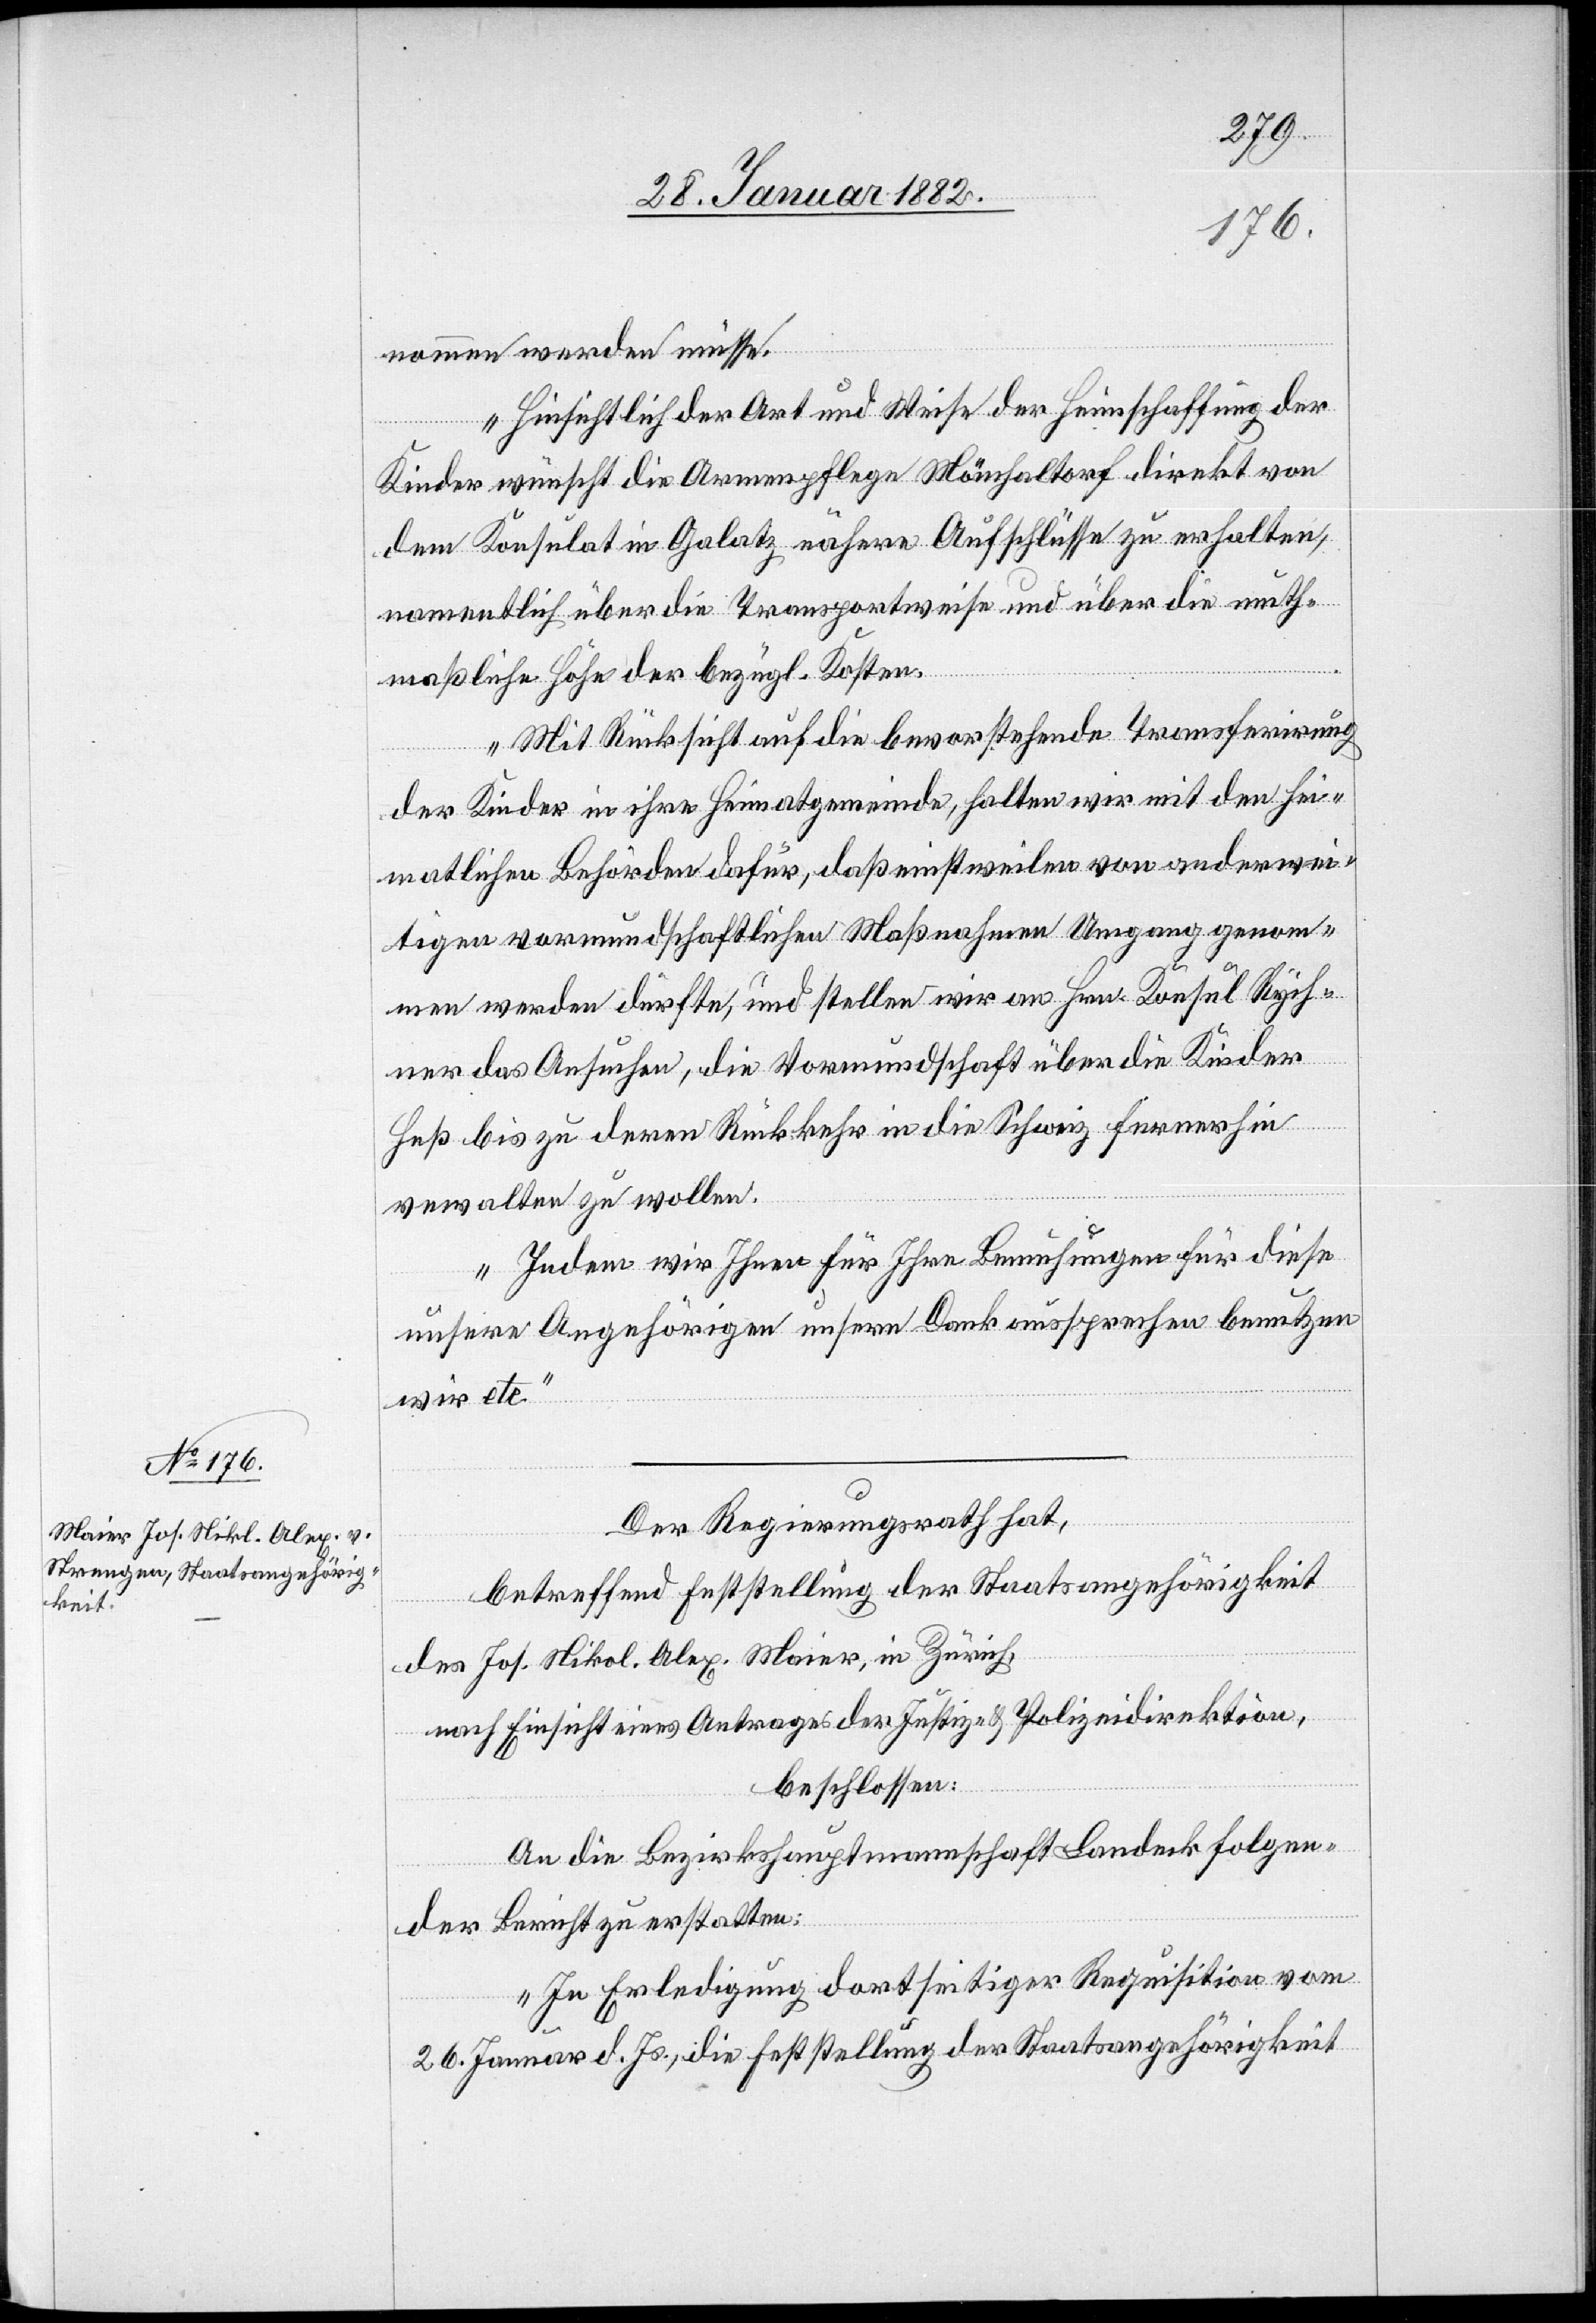
nommen werden müsse.
Hinsichtlich der Art und Weise der Heimschaffung der
Kinder wünscht die Armenpflege Mönchaltorf direkt von
dem Konsulat in Galatz nähere Aufschlüsse zu erhalten,
namentlich über die Transportweise und über die muth¬
maßliche Höhe der bezügl. Kosten.
Mit Rücksicht auf die bevorstehende Transferirung
der Kinder in ihre Heimatgemeinde, sorgen wir mit den hei¬
matlichen Behörden dafür, daß einstweilen von anderwei¬
tigen vormundschaftlichen Maßnahmen Umgang genomm¬
en werden dürfte, und stellen wir an Hrn. Konsul Rych¬
ner das Ansuchen, die Vormundschaft über die Kinder
Heß bis zu deren Rückkehr in die Schweiz fernerhin
verwalten zu wollen.
Indem wir Ihnen für Ihre Bemühungen für diese
unsere Angehörigen unsern Dank aussprechen benutzen
wir etc.“
Februar
Der Regierungsrath hat,
betreffend Feststellung der Staatangehörigkeit
des Jos. Nikol. Alex. Maier, in Zürich,
nach Einsicht eines Antrages der Justiz- & Polizeidirektion,
beschlossen:
An die Bezirkshauptmannschaft Landeck folgen¬
03.
den Bericht zu erstatten:
„In Erledigung dortseitiger Requisition vom
26. Januar d. Js., die Feststellung der Staatsangehörigkeit